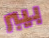
بيبر